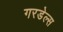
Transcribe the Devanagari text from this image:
गरडेल्स